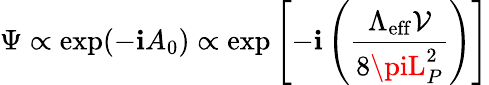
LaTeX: \Psi\propto\exp(-\mathbf{i}A_{0})\propto\exp\left[-\mathbf{i}\left({\frac{{\Lambda_{\mathrm{{eff}}}{\mathcal{V}}}}{{8\piL_{P}^{2}}}}\right)\right]